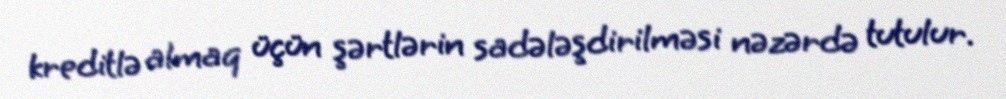
kreditlə almaq üçün şərtlərin sadələşdirilməsi nəzərdə tutulur.